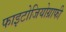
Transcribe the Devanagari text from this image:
फाइटोजियोग्राफी